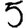
Digit: 5